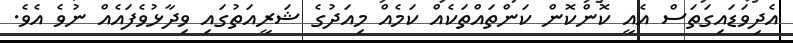
އެދިވަޑައިގަތަސް އެއީ ކޮންކޮން ކަންތައްތަކެއް ކަމެއް މިއަދުގެ ޝަރީއަތުގައި ވިދާޅުވެފައެއް ނުވެ އެވެ.